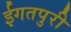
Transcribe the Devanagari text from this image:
ईगतपुरी